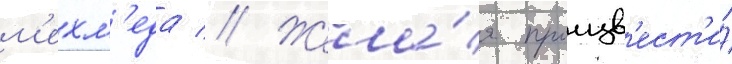
м'ехм'еда // Жела́я произв'ест'и́